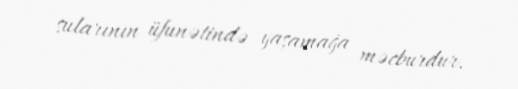
sularının üfunətində yaşamağa məcburdur.